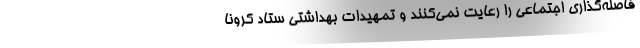
فاصله‌گذاری اجتماعی را رعایت نمی‌کنند و تمهیدات بهداشتی ستاد کرونا